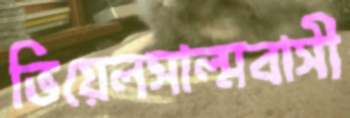
ভিয়েলসাল্মবাসী